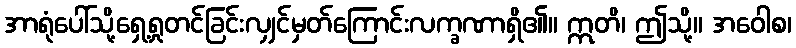
အာရုံပေါ်သို့ရှေ့ရှုတင်ခြင်းလျှင်မှတ်ကြောင်းလက္ခဏာရှိ၏။ ဣတိ၊ ဤသို့။ အဝေါစ၊